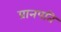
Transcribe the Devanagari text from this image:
प्रानपति